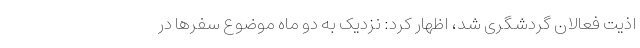
اذیت فعالان گردشگری شد، اظهار کرد: نزدیک به دو ماه موضوع سفرها در